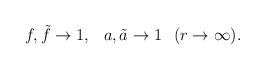
LaTeX: \begin{align*}f,\tilde{f}\to 1,\hspace{3mm} a,\tilde{a}\to 1\hspace{3mm} (r\to \infty). \end{align*}